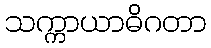
သက္ကာယာဓိဂတာ